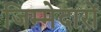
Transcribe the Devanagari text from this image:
जिम्मेदारों